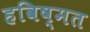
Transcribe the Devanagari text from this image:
हविष्मत